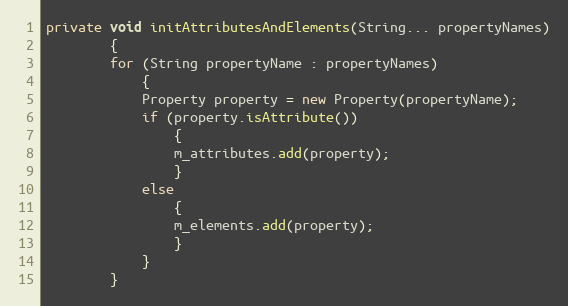
Language: Java
private void initAttributesAndElements(String... propertyNames)
        {
        for (String propertyName : propertyNames)
            {
            Property property = new Property(propertyName);
            if (property.isAttribute())
                {
                m_attributes.add(property);
                }
            else
                {
                m_elements.add(property);
                }
            }
        }